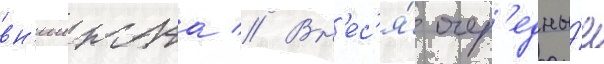
вн'иижта // Вн'ес'я́ очер'едны́е